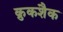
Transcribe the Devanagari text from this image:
क्रुकशैक